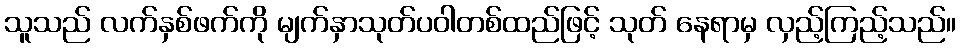
သူသည် လက်နှစ်ဖက်ကို မျက်နှာသုတ်ပဝါတစ်ထည်ဖြင့် သုတ် နေရာမှ လှည့်ကြည့်သည်။